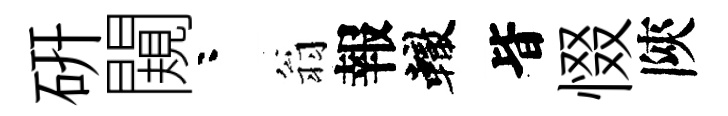
硏闚咯翁報轍𣅜惙陝